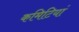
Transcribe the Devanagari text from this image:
कमिटियां